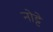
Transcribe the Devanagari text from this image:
नोट्टे